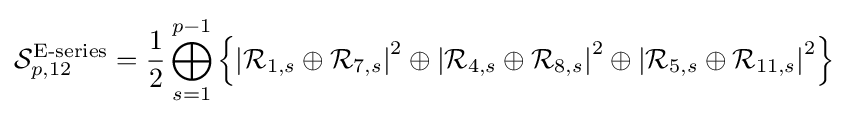
{\mathcal {S}}_{p,12}^{\text{E-series}}={\frac {1}{2}}\bigoplus _{s=1}^{p-1}\left\{\left|{\mathcal {R}}_{1,s}\oplus {\mathcal {R}}_{7,s}\right|^{2}\oplus \left|{\mathcal {R}}_{4,s}\oplus {\mathcal {R}}_{8,s}\right|^{2}\oplus \left|{\mathcal {R}}_{5,s}\oplus {\mathcal {R}}_{11,s}\right|^{2}\right\}\